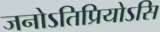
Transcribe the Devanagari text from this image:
जनोऽतिप्रियोऽसि